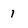
Character: 1